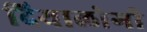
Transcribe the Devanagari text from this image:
दियालोगी